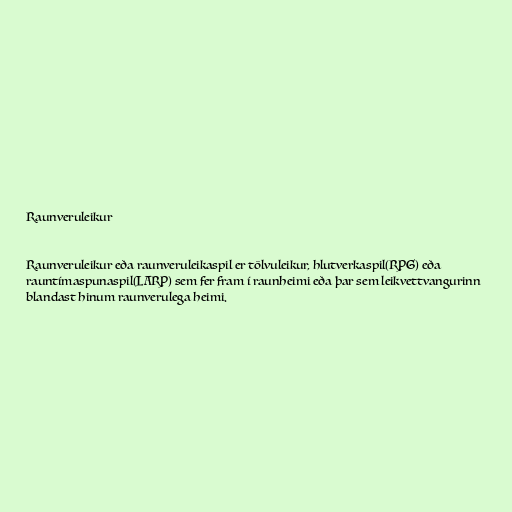
Raunveruleikur

Raunveruleikur eða raunveruleikaspil er tölvuleikur, hlutverkaspil(RPG) eða
rauntímaspunaspil(LARP) sem fer fram í raunheimi eða þar sem leikvettvangurinn
blandast hinum raunverulega heimi.